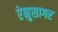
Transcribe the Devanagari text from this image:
रेनुसागर